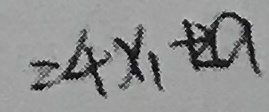
= 4 x _ { 1 } + 2 a